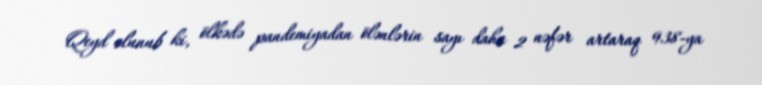
Qeyd olunub ki, ölkədə pandemiyadan ölənlərin sayı daha 2 nəfər artaraq 938-ya